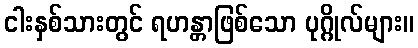
ငါးနှစ်သားတွင် ရဟန္တာဖြစ်သော ပုဂ္ဂိုလ်များ။